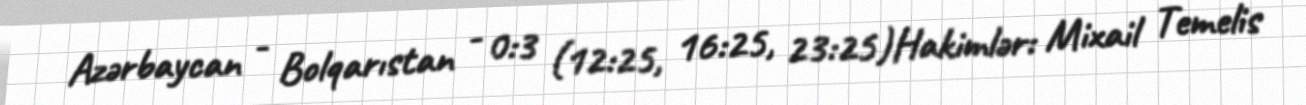
Azərbaycan - Bolqarıstan - 0:3 (12:25, 16:25, 23:25)Hakimlər: Mixail Temelis